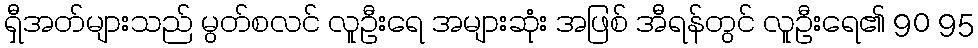
ရှီအတ်များသည် မွတ်စလင် လူဦးရေ အများဆုံး အဖြစ် အီရန်တွင် လူဦးရေ၏ 90 95